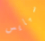
سبايس